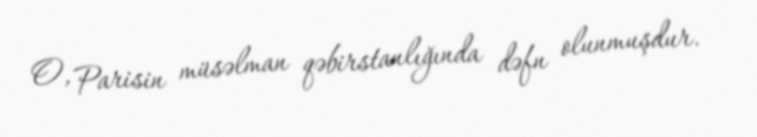
O, Parisin müsəlman qəbirstanlığında dəfn olunmuşdur.